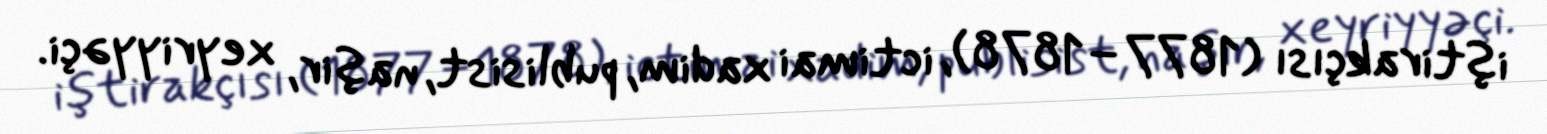
iştirakçısı (1877–1878), ictimai xadim, publisist, naşir, xeyriyyəçi.